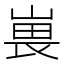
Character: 嵔